Indian journal of veterinary science and animal husbandry - Volume 4,
Year: 1934
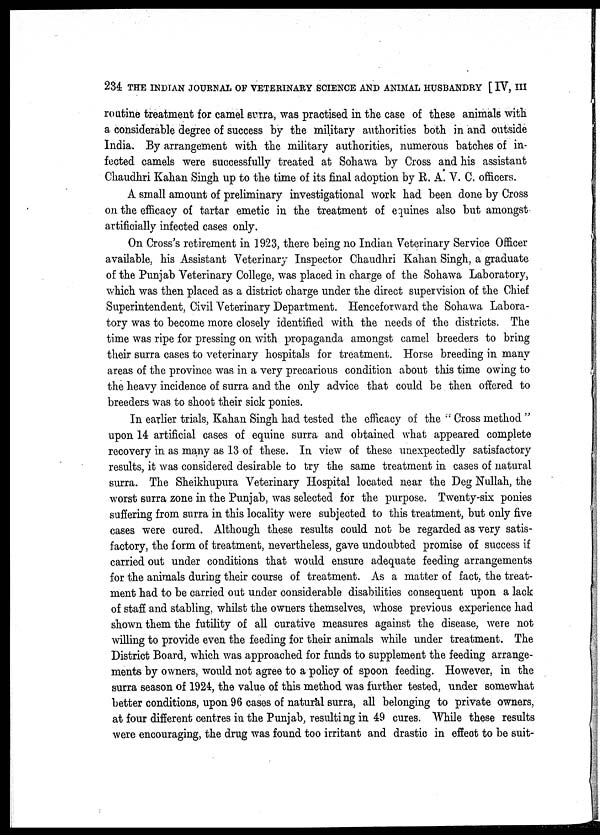
234 THE INDIAN JOURNAL OF VETERINARY SCIENCE AND ANIMAL HUSBANDRY [ IV, III
routine treatment for camel surra, was practised in the case of these animals with
a considerable degree of success by the military authorities both in and outside
India. By arrangement with the military authorities, numerous batches of in-
fected camels were successfully treated at Sohawa by Cross and his assistant
Chaudhri Kahan Singh up to the time of its final adoption by R. A. V. C. officers.
A small amount of preliminary investigational work had been done by Cross
on the efficacy of tartar emetic in the treatment of equines also but amongst
artificially infected cases only.
On Cross's retirement in 1923, there being no Indian Veterinary Service Officer
available, his Assistant Veterinary Inspector Chaudhri Kahan Singh, a graduate
of the Punjab Veterinary College, was placed in charge of the Sohawa Laboratory,
which was then placed as a district charge under the direct supervision of the Chief
Superintendent, Civil Veterinary Department. Henceforward the Sohawa Labora-
tory was to become more closely identified with the needs of the districts. The
time was ripe for pressing on with propaganda amongst camel breeders to bring
their surra cases to veterinary hospitals for treatment. Horse breeding in many
areas of the province was in a very precarious condition about this time owing to
the heavy incidence of surra and the only advice that could be then offered to
breeders was to shoot their sick ponies.
In earlier trials, Kahan Singh had tested the efficacy of the " Cross method "
upon 14 artificial cases of equine surra and obtained what appeared complete
recovery in as many as 13 of these. In view of these unexpectedly satisfactory
results, it was considered desirable to try the same treatment in cases of natural
surra. The Sheikhupura Veterinary Hospital located near the Deg Nullah, the
worst surra zone in the Punjab, was selected for the purpose. Twenty-six ponies
suffering from surra in this locality were subjected to this treatment, but only five
cases were cured. Although these results could not be regarded as very satis-
factory, the form of treatment, nevertheless, gave undoubted promise of success if
carried out under conditions that would ensure adequate feeding arrangements
for the animals during their course of treatment. As a matter of fact, the treat-
ment had to be carried out under considerable disabilities consequent upon a lack
of staff and stabling, whilst the owners themselves, whose previous experience had
shown them the futility of all curative measures against the disease, were not
willing to provide even the feeding for their animals while under treatment. The
District Board, which was approached for funds to supplement the feeding arrange-
ments by owners, would not agree to a policy of spoon feeding. However, in the
surra season of 1924, the value of this method was further tested, under somewhat
better conditions, upon 96 cases of natural surra, all belonging to private owners,
at four different centres in the Punjab, resulting in 49 cures. While these results
were encouraging, the drug was found too irritant and drastic in effect to be suit-